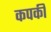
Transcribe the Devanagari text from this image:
कपकी